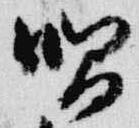
唱